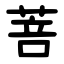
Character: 菩